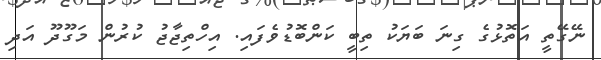
ނޭގޭތީ އަތޮޅުގެ ގިނަ ބަޔަކު ތިބީ ކަންބޮޑުވެފައި. އިހްތިޖާޖު ކުރުން މަގޫދޫ އަދި